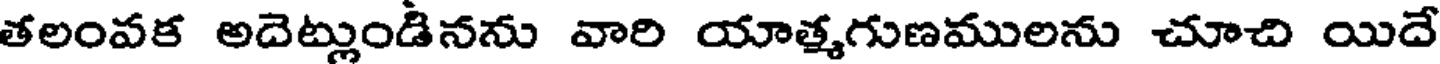
తలంవక అదెట్లుండినను వారి యాత్మగుణములను చూచి యిదే